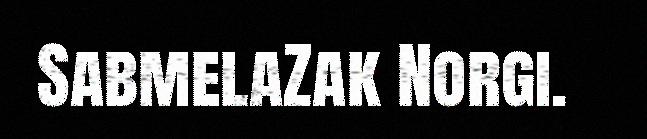
SabmelaZak Norgi.